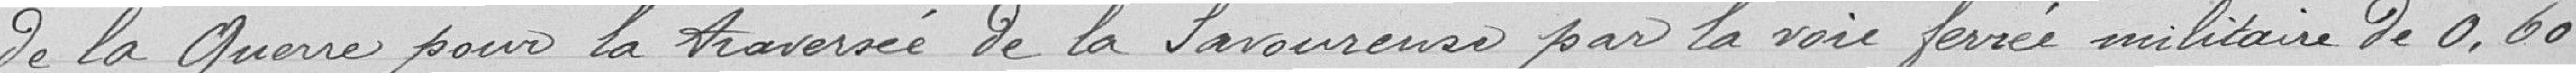
de la Guerre pour la traversée de la Savoureuse par la voie ferrée militaire de 0.60.